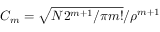
C _ { m } = \sqrt { N 2 ^ { m + 1 } / \pi m ! } / \rho ^ { m + 1 }